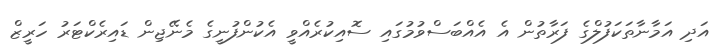
އަދި އަމާނާތަކަފުލްގެ ފަރާތުން އެ އެއްބަސްވުމުގައި ސޮއިކުރެއްވީ އެކުންފުނީގެ މެނޭޖިން ޑައިރެކްޓަރު ހަރީޒް